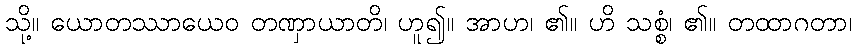
သို့။ ယောတဿာယေဝ တဏှာယာတိ၊ ဟူ၍။ အာဟ၊ ၏။ ဟိ သစ္စံ၊ ၏။ တထာဂတာ၊